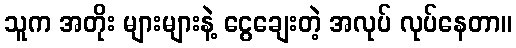
သူက အတိုး များများနဲ့ ငွေချေးတဲ့ အလုပ် လုပ်နေတာ။